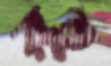
রহু